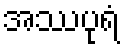
အဿပုရံ